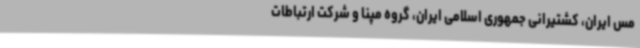
مس ایران، کشتیرانی جمهوری اسلامی ایران، گروه مپنا و شرکت ارتباطات